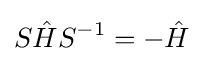
S{\hat {H}}S^{-1}=-{\hat {H}}